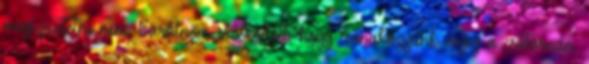
megszüntetni nem. Barátnőm erősködött, hogy csónakázzunk végig a csatornán.